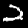
Label: 2